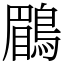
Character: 鶥